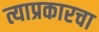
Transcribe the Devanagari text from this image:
त्याप्रकारचा